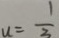
u = \frac { 1 } { 3 }